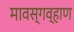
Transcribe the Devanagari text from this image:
मावस्गव्हाण